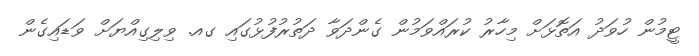
ޓީމުން ހުވަދު އަތޮޅަށް މިހާރު ކުރައްވަމުން ގެންދަވާ ދަތުރުފުޅުގައި ގއ. ވިލިގިއްޔަށް ވަޑައިގެން